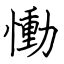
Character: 慟